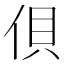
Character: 𰂇